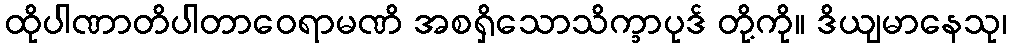
ထိုပါဏာတိပါတာဝေရာမဏိ အစရှိသောသိက္ခာပုဒ် တို့ကို။ ဒိယျမာနေသု၊